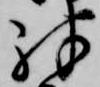
殊